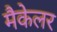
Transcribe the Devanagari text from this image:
मैकेलर